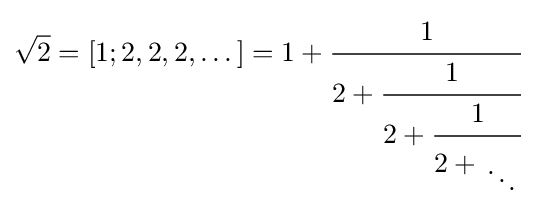
{\sqrt {2}}=[1;2,2,2,\ldots {}]=1+{\cfrac {1}{2+{\cfrac {1}{2+{\cfrac {1}{2+{{\vphantom {x}} \atop \displaystyle \ddots }}}}}}}